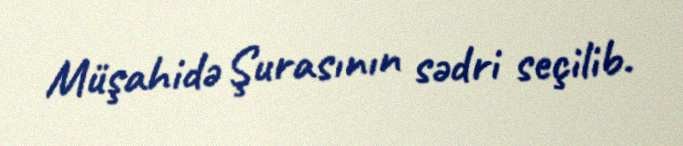
Müşahidə Şurasının sədri seçilib.